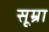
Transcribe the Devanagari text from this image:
सूम्रा